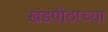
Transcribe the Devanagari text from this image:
खंडपीठाच्या